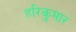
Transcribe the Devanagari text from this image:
हरिकुमार